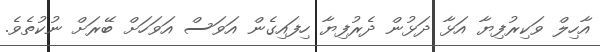
އާހިލް ވަކިރުފިޔާ އަޅާ ދަޅުން ދެރުފިޔާ ހިފައިގެން އަވަސް އަވަހަށް ބޭރަށް ނުކުތެވެ.